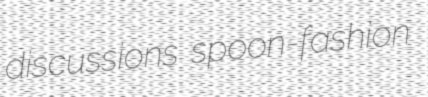
discussions spoon-fashion